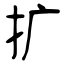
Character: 扩